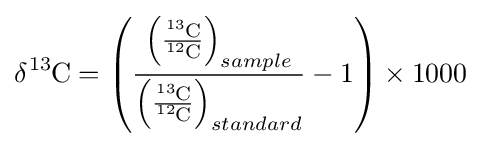
\delta {\ce {^{13}C}}=\left({\frac {\left({\frac {{\ce {^{13}C}}}{{\ce {^{12}C}}}}\right)_{sample}}{\left({\frac {{\ce {^{13}C}}}{{\ce {^{12}C}}}}\right)_{standard}}}-1\right)\times 1000